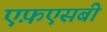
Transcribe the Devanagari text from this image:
एफ़एसबी